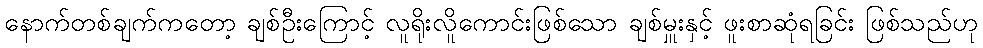
နောက်တစ်ချက်ကတော့ ချစ်ဦးကြောင့် လူရိုးလိူကောင်းဖြစ်သော ချစ်မှူးနှင့် ဖူးစာဆုံရခြင်း ဖြစ်သည်ဟု